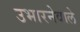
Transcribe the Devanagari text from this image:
उभारनेवाले